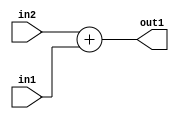
`timescale 1ps / 1ps
/*****************************************************************************
    Verilog RTL Description
    
    
    Created by: Stratus DpOpt 2019.1.01 
*******************************************************************************/

module GaussFilter_Add_2Ux2U_3U_4 (
	in2,
	in1,
	out1
	); /* architecture "behavioural" */ 
input [1:0] in2,
	in1;
output [2:0] out1;
wire [2:0] asc001;

assign asc001 = 
	+(in2)
	+(in1);

assign out1 = asc001;
endmodule

/* CADENCE  urn3QgA= : u9/ySgnWtBlWxVPRXgAZ4Og= ** DO NOT EDIT THIS LINE ******/